Annual report of the Prince of Wales Medical College, Patna
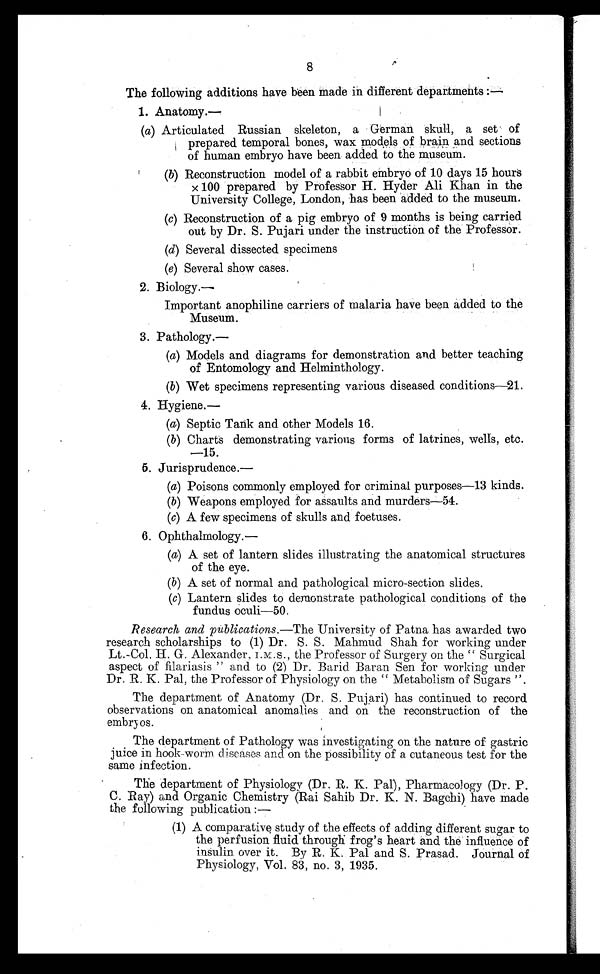
8
The following additions have been made in different departments:—
1 . An a t o my . —
(a ) Articulated Russian skeleton, a German skull, a set of
prepared temporal bones, wax models of brain and sections
of human embryo have been added to the museum.
( b ) R e c o n s t r u c t i o n m o d e l o f a r a b b i t e m b r y o o f 1 0 d a y s 1 5 h o u r s
x 100 prepared by Professor H. Hyder Ali Khan in the
University College, London, has been added to the museum.
( c ) R e c o n s t r u c t i o n o f a p i g e m b r y o o f 9 m o n t h s i s b e i n g c a r r i e d
out by Dr. S. Pujari under the instruction of the Professor.
( d ) S e v e r a l d i s s e c t e d s p e c i m e n s
( e ) S e v e r a l s h o w c a s e s .
2. Biology.—
Important anophiline carriers of malaria have been added to the
Museum.
3. Pathology.—
(a) Models and diagrams for demonstration and better teaching
of Entomology and Helminthology.
(b) Wet specimens representing various diseased conditions—21.
4. Hygiene.—
(a) Septic Tank and other Models 16.
(b) Charts demonstrating various forms of latrines, wells, etc.
—15.
5. Jurisprudence. —
(a) Poisons commonly employed for criminal purposes—13 kinds.
(b) Weapons employed for assaults and murders—54.
(c) A few specimens of skulls and foetuses.
6. Ophthalmology.—
(a) A set of lantern slides illustrating the anatomical structures
of the eye.
(b) A set of normal and pathological micro-section slides.
(c) Lantern slides to demonstrate pathological conditions of the
fundus oculi—50.
Research and publications. —The University of Patna has awarded two
research scholarships to (1) Dr. S. S. Mahmud Shah for working under
Lt.-Col. H. G. Alexander, I.M.S., the Professor of Surgery on the "Surgical
aspect of filariasis" and to (2) Dr. Barid Baran Sen for working under
Dr. R. K. Pal, the Professor of Physiology on the "Metabolism of Sugars".
The department of Anatomy (Dr. S. Pujari) has continued to record
observations on anatomical anomalies and on the reconstruction of the
embryos .
The department of Pathology was investigating on the nature of gastric
juice in hook-worm diseases and on the possibility of a cutaneous test for the
same infection.
The department of Physiology (Dr. R. K. Pal), Pharmacology (Dr. P.
C. Ray) and Organic Chemistry (Rai Sahib Dr. K. N. Bagchi) have made
the following publication :—
(1) A comparative study of the effects of adding different sugar to
the perfusion fluid through frog's heart and the influence of
insulin over it. By R. K. Pal and S. Prasad. Journal of
Physiology, Vol. 83, no. 3, 1935.